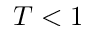
T < 1